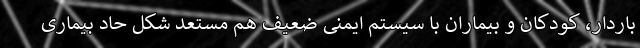
باردار، کودکان و بیماران با سیستم ایمنی ضعیف هم مستعد شکل حاد بیماری